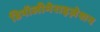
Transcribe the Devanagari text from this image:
डिपॉलीमेराइज़ेशन